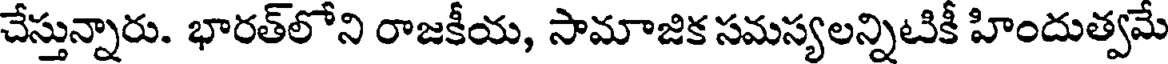
చేస్తున్నారు. భారత్లోని రాజకీయ, సామాజిక సమస్యలన్నిటికీ హిందుత్వమే